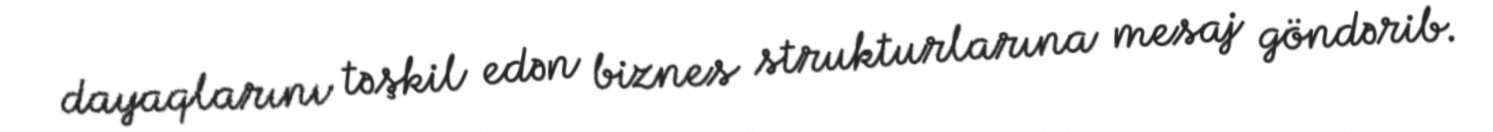
dayaqlarını təşkil edən biznes strukturlarına mesaj göndərib.